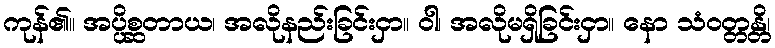
ကုန်၏။ အပ္ပိစ္ဆတာယ၊ အလိုနည်းခြင်းငှာ။ ဝါ၊ အလိုမရှိခြင်းငှာ။ နော သံဝတ္တန္တိ၊